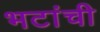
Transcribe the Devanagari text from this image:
भटांची